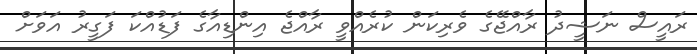
ރައީސް ނަޝީދު ރާއްޖޭގެ ވެރިކަން ކުރެއްވީ ރާއްޖެ އިންޑިއާގެ ފަޑުއްކަ ފަގީރު އަވަށް